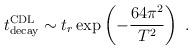
LaTeX: \begin{align*}t^{\rm CDL}_{\rm decay}\sim t_r \exp\left(-{64\pi^2\over T^2}\right)\ .\end{align*}